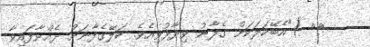
٦٦ )"އެބޭކަލަކަށް ގެފާނު ވިދާޅުވިއެވެ. ކަލޭގެފާނަށް ދެއްވާފައިވާ